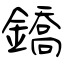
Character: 鐈